Annual vaccination report of Bihar and Orissa - 1911-1928
Year: 1911
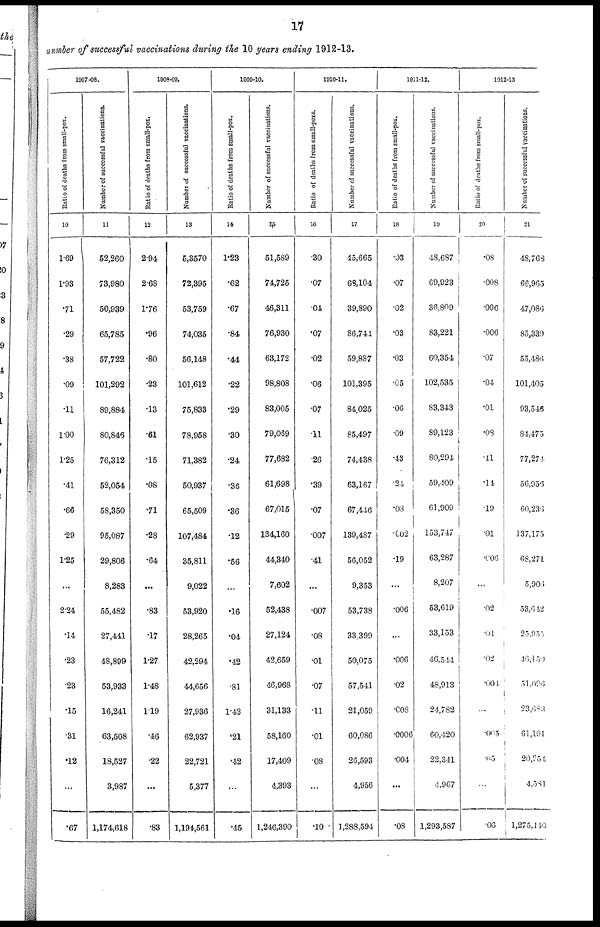
17
number of successful vaccinations during the 10 years ending 1912-13.
1907-08.
Ratio of deaths from small-pox.
10
1.69
1.93
.71
.29
.38
.09
.11
1.00
1.25
.41
.66
.29
1.25
...
2.24
.14
.23
.23
.15
.31
.12
...
.67
Number of successful vaccinations.
11
52,260
73,980
50,939
65,785
57,722
101,292
89,884
80,846
76,312
52,054
58,350
95,087
29,806
8,283
55,482
27,441
48,899
53,933
16,241
63,508
18,527
3,987
1,174,618
1908-09.
Ratio of deaths from small-pox.
12
2.94
2.68
1.76
.96
.80
.23
.13
.61
.15
.08
.71
.28
.64
...
.83
.17
1.27
1.48
1.19
.46
.22
...
.83
Number of successful vaccinations.
13
5,3570
72,395
53,759
74,035
56,148
101,612
75,833
78,958
71,382
50,937
65,509
107,484
35,811
9,022
53,920
28,265
42,294
44,656
27,936
62,937
22,721
5,377
1,194,561
1909-10.
Ratio of deaths from small-pox.
14
1.28
.62
.67
.84
.44
.22
.29
.30
.24
.36
.36
.12
.56
...
.16
.04
.42
.81
1.42
.21
.42
...
.45
Number of successful vaccinations.
15
51,589
74,725
46,311
76,930
63,172
98,808
83,005
79,069
77,682
61,698
67,015
134,160
44,340
7,602
52,438
27,124
42,659
46,968
31,133
58,160
17,409
4,393
1,246,390
1910-11.
Ratio of deaths from small-poxs.
16
.30
.07
.01
.07
.02
.06
.07
.11
.26
.39
.07
.007
.41
...
.007
.08
.01
.07
.11
.01
.08
...
.10
Number of successful vaccinations.
17
45,665
68,104
39,890
86,741
59,887
101,395
84,025
85,497
74,438
63,167
67,446
139,487
56,052
9,353
53,738
33,399
50,075
57,541
21,059
60,086
26,593
4,956
1,288,594
1911-12.
Ratio of deaths from small-pox.
18
.03
.07
.02
.03
.03
.05
.06
.09
.43
.24
.03
.002
.19
...
.006
...
.006
.02
.008
.0006
.004
...
.08
Number of successful vaccinations.
19
48,687
69,923
36,809
83,221
60,354
102,535
83,343
89,123
80,294
59,409
61,909
153,747
63,287
8,207
53,619
33,153
40,544
48,913
24,782
60,420
22,341
4,967
1,293,587
1012-13
Ratio of deaths from small-pox.
20
.08
.008
.006
.006
.07
.04
.01
.08
.41
.14
.19
.01
.006
...
.02
.04
.02
.004
...
.005
.05
...
.06
Number of successful vaccinations.
21
48,768
66,965
47,086
85,339
55,486
101,405
93,546
84,475
77,274
56,953
60,236
137,175
68,271
5,906
53,642
25,955
46,159
51,096
23,683
61,191
20,254
4,581
1,275,440